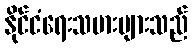
နိုင်ငံရေးသမားများသည်